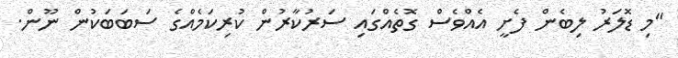
"މި ޑޮލަރު ލިބެން ފެށީ އެއްވެސް ގޮތެއްގައި ސަރުކާރުން ކުރިކަމެއްގެ ސަބަބަކުން ނޫން.